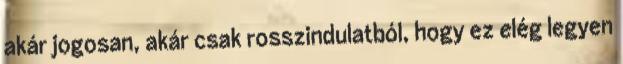
akár jogosan, akár csak rosszindulatból, hogy ez elég legyen